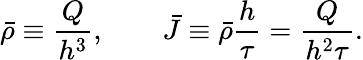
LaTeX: \bar{\rho}\equiv\frac{Q}{h^{3}},\qquad\bar{J}\equiv\bar{\rho}\frac{h}{\tau}=\frac{Q}{h^{2}\tau}.